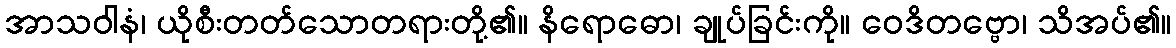
အာသဝါနံ၊ ယိုစီးတတ်သောတရားတို့၏။ နိရောဓော၊ ချုပ်ခြင်းကို။ ဝေဒိတဗ္ဗော၊ သိအပ်၏။